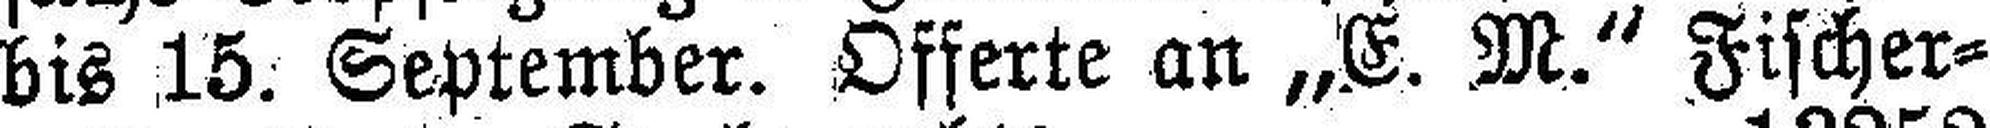
bis 15. September. Offerte an „E. M.“ Fischer¬